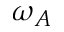
\omega _ { A }